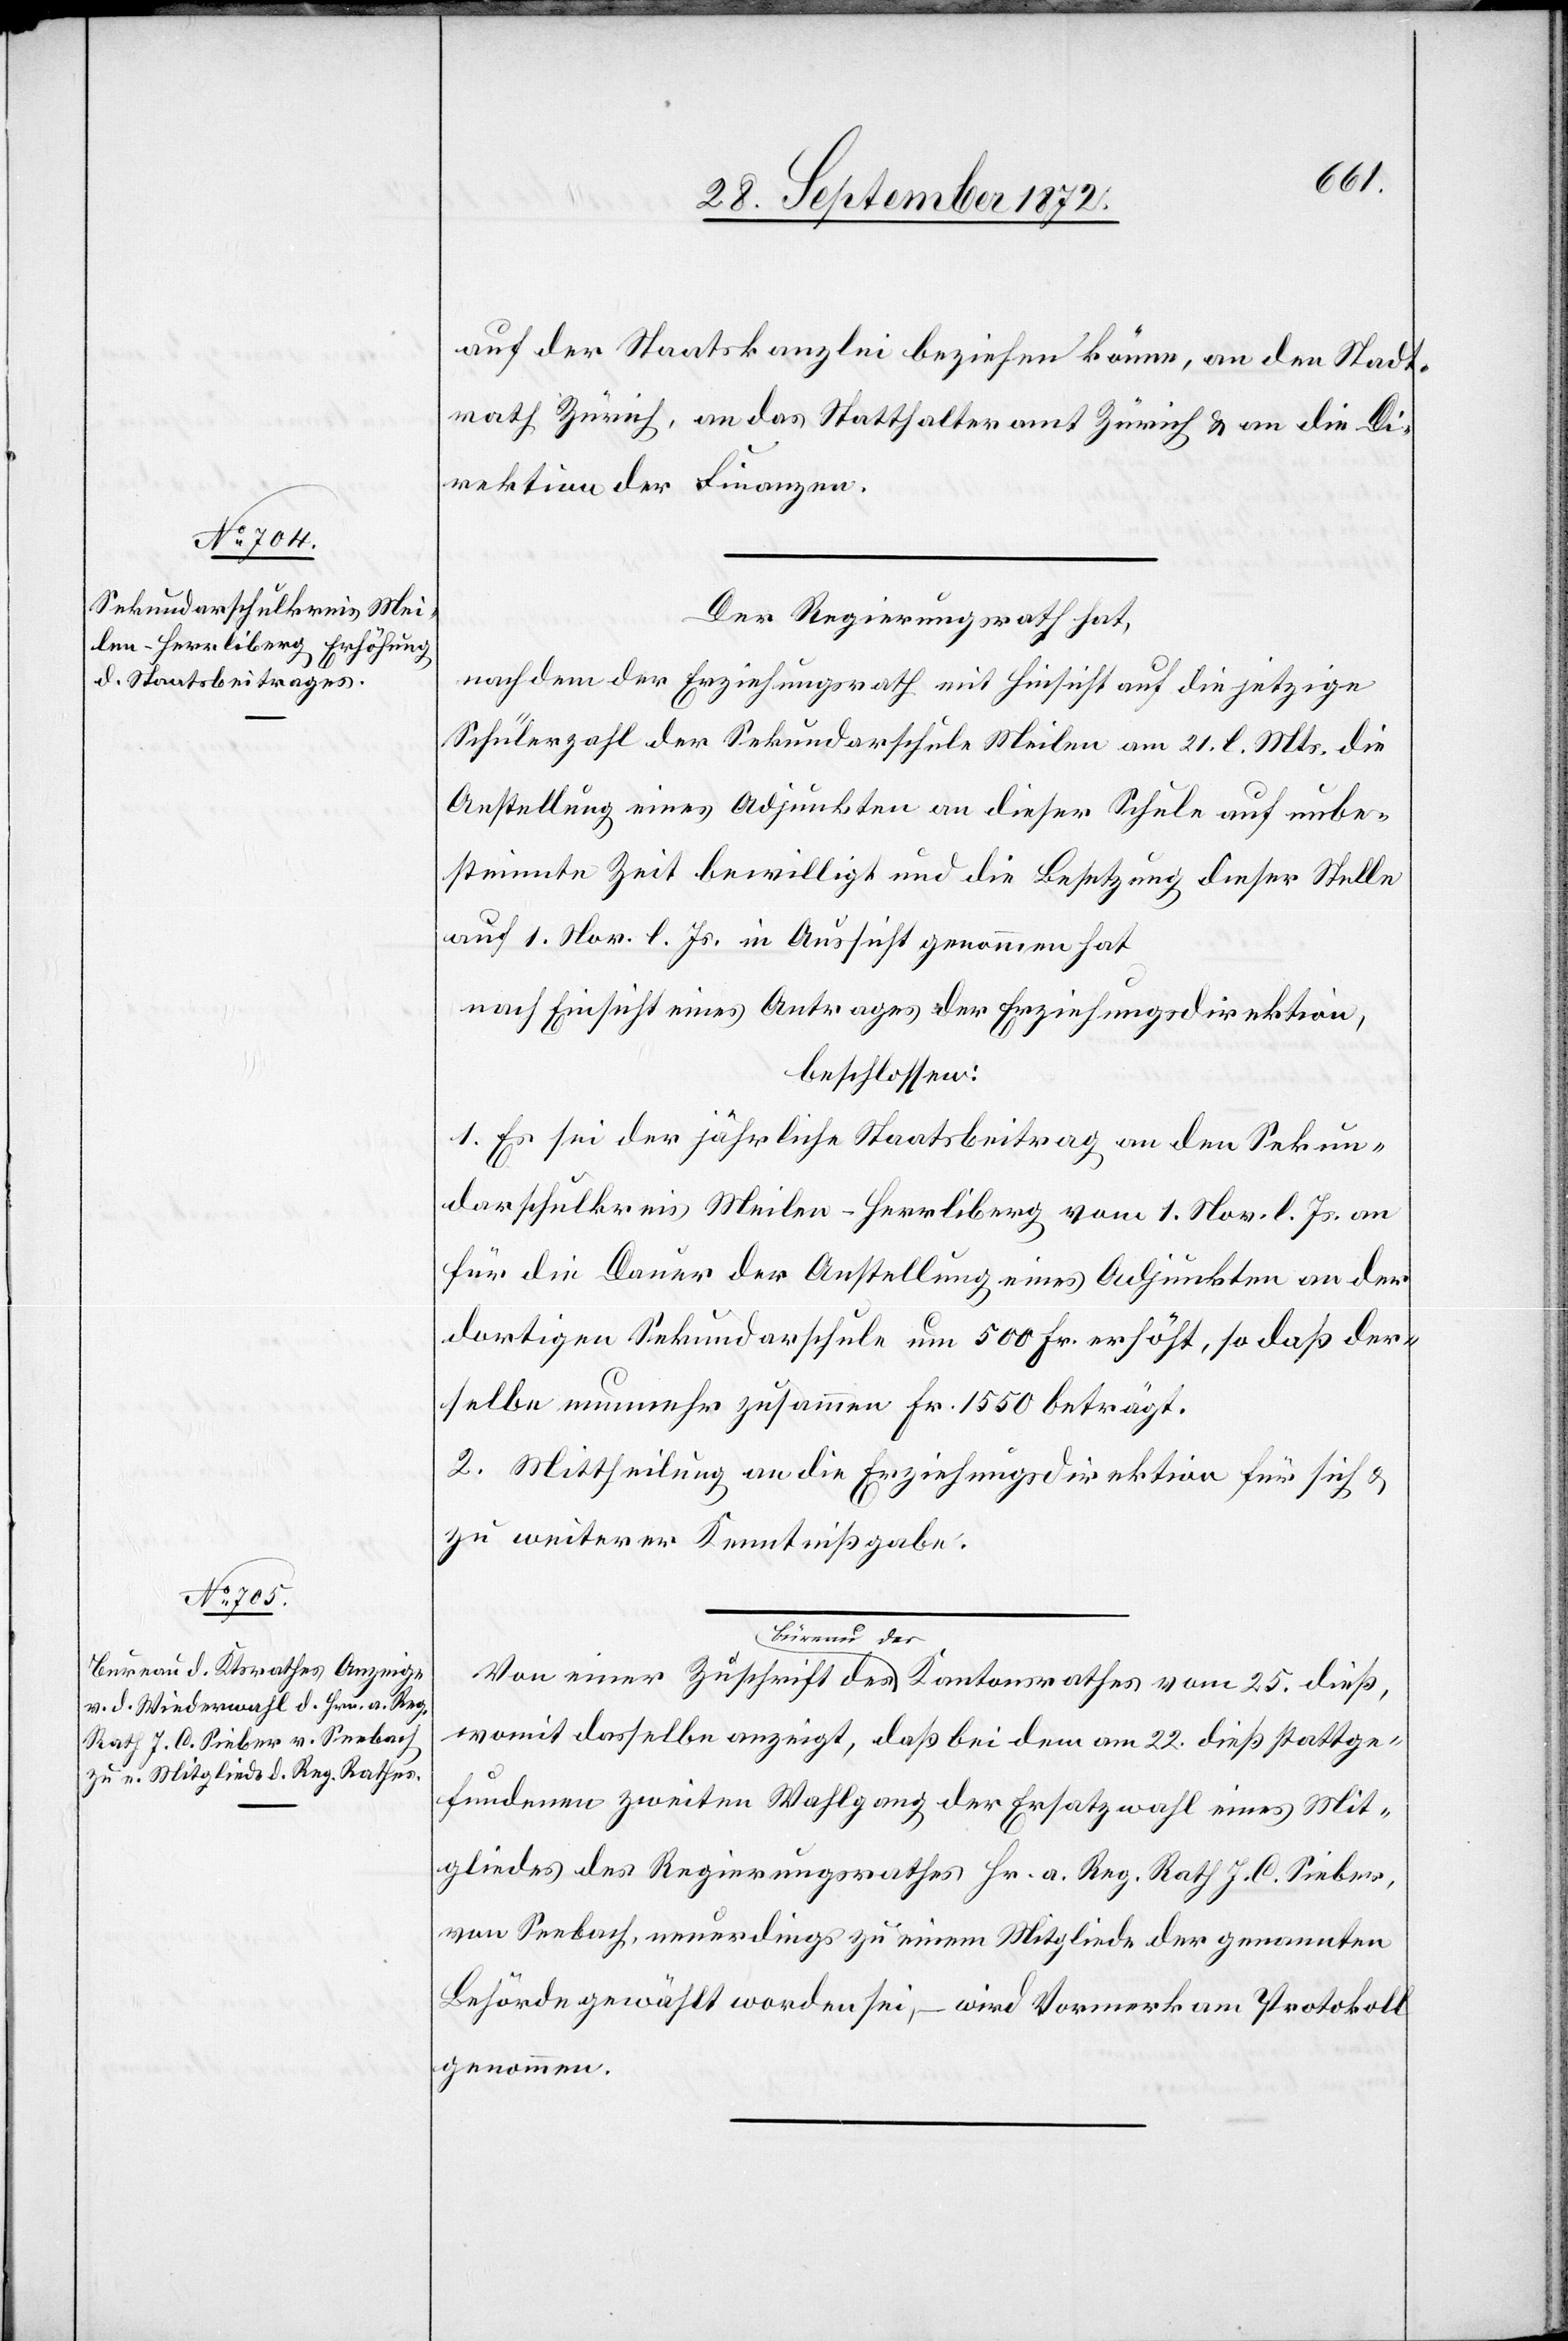
auf der Staatskanzlei beziehen könne, an den Stadt¬
rath Zürich, an das Statthalteramt Zürich u. an die Di¬
rektion der Finanzen.
Der Regierungsrath hat,
nachdem der Erziehungsrath mit Hinsicht auf die jetzige
Schülerzahl der Sekundarschule Meilen am 21. l. Mts. die
Anstellung eines Adjunkten an dieser Schule auf unbe¬
stimmte Zeit bewilligt und die Besetzung dieser Stelle
auf 1. Nov. l. Js. in Aussicht genommen hat
nach Einsicht eines Antrages der Erziehungsdirektion,
beschlossen:
1. Es sei der jährliche Staatsbeitrag an den Sekun¬
darschulkreis Meilen–Herrliberg vom 1. Nov. l. Js. an
für die Dauer der Anstellung eines Adjunkten an der
dortigen Sekundarschule um 500 Fr. erhöht, so daß der¬
selbe nunmehr zusammen Fr. 1550 beträgt.
2. Mittheilung an die Erziehungsdirektion für sich u.
zu weiterer Kenntnißgabe.
Von einer Zuschrift des Büreau des Kantonsrathes vom 25. dieß,
womit dasselbe anzeigt, daß bei dem am 22. dieß stattge¬
fundenen zweiten Wahlgang der Ersatzwahl eines Mit¬
gliedes des Regierungsrathes Hr. a. Reg. Rath J. C. Sieber,
von Seebach, neuerdings zu einem Mitgliede der genannten
Behörde gewählt worden sei, – wird Vormerk am Protokoll
genommen.